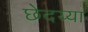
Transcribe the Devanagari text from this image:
छेदय्या